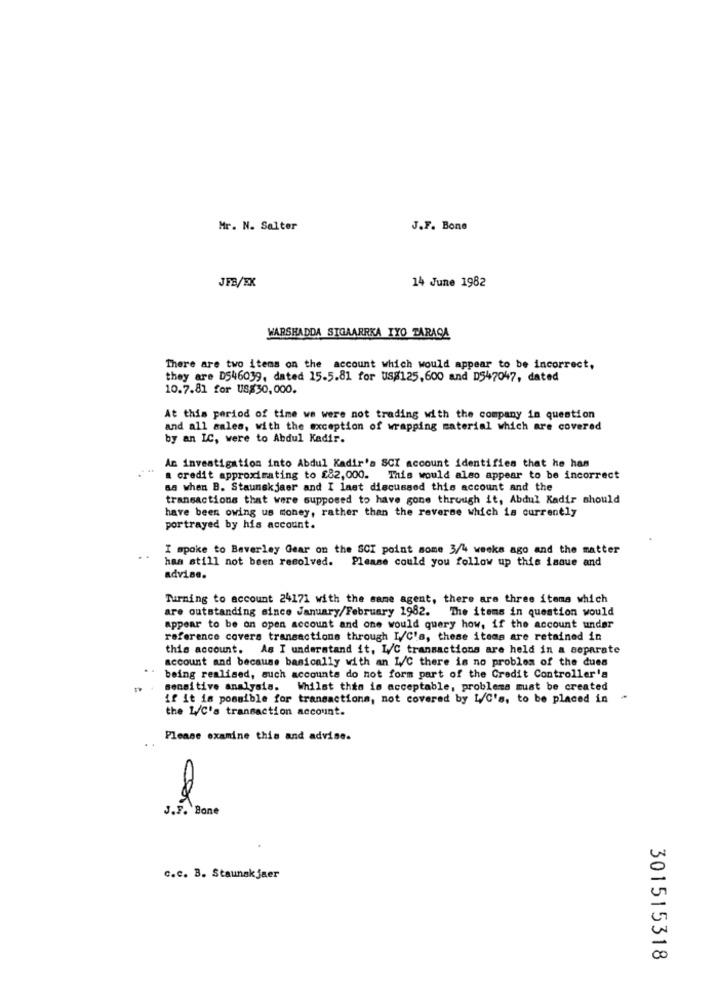
Mr. N. Salter
J.F. Bone
JFB/EK
14 June 1982
WARSHADDA SIGAARRKA IYO TARAGA
There are two items on the account which would appear to be incorrect,
they are D546039, dated 15.5.81 for usg125,600 and D547047, dated
10.7.81 for Us$30,000.
At this period of time we were not trading with the company in question
and all sales, with the exception of wrapping material which are covered
by an LC, were to Abdul Kadir.
An investigation into Abdul Kadir's SCI account identifies that he has
a credit approximating to £82,000. This would also appear to be incorrect
as when B. Staunskjaer and I last discussed this account and the
transactions that were supposed to have gone through it, Abdul Kadir should
have been owing us money, rather than the reverse which is currently
portrayed by his account.
I spoke to Beverley Gear on the SCI point some 3/4 weeks ago and the matter
has still not been resolved. Please could you follow up this issue and
advise.
Turning to account 24171 with the same agent, there are three items which
are outstanding since January/February 1982. The items in question would
appear to be on open account and one would query how, if the account under
reference covers transactions through I/C's, these items are retained in
this account. As I understand it, L/C transactions are held in a separate
account and because basically with an L/C there is no problem of the dues
being realised, such accounts do not form part of the Credit Controller's
sensitive analysis. Whilst this is acceptable, problems must be created
if it is possible for transactions, not covered by L/C's, to be placed in
the L/C's transaction account.
Please examine this and advise.
J.F. Bone
c.c. B. Staunak jaer
301515318